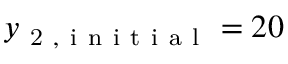
y _ { \mathrm { ~ 2 ~ , ~ i ~ n ~ i ~ t ~ i ~ a ~ l ~ } } = 2 0